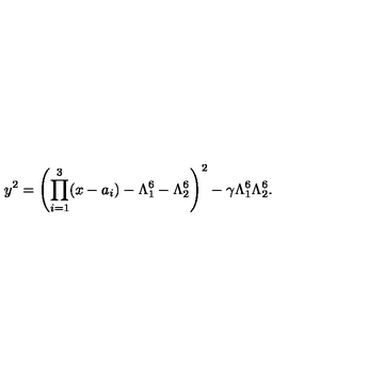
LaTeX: y ^ { 2 } = \left( \prod _ { i = 1 } ^ { 3 } ( x - a _ { i } ) - \Lambda _ { 1 } ^ { 6 } - \Lambda _ { 2 } ^ { 6 } \right) ^ { 2 } - \gamma \Lambda _ { 1 } ^ { 6 } \Lambda _ { 2 } ^ { 6 } .